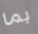
بما